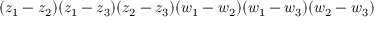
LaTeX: ( z _ { 1 } - z _ { 2 } ) ( z _ { 1 } - z _ { 3 } ) ( z _ { 2 } - z _ { 3 } ) ( w _ { 1 } - w _ { 2 } ) ( w _ { 1 } - w _ { 3 } ) ( w _ { 2 } - w _ { 3 } )